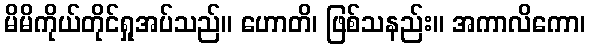
မိမိကိုယ်တိုင်ရှုအပ်သည်။ ဟောတိ၊ ဖြစ်သနည်း။ အကာလိကော၊